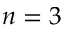
n = 3